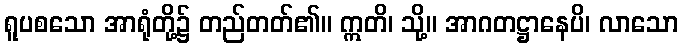
ရူပစသော အာရုံတို့၌ တည်တတ်၏။ ဣတိ၊ သို့။ အာဂတဋ္ဌာနေပိ၊ လာသော